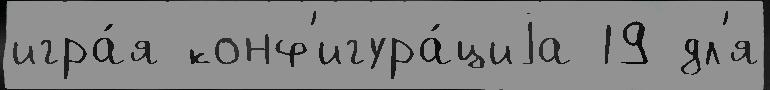
игра́я конф'игура́циjа 19 дл'я